Leaving Certificate Examination, 1919
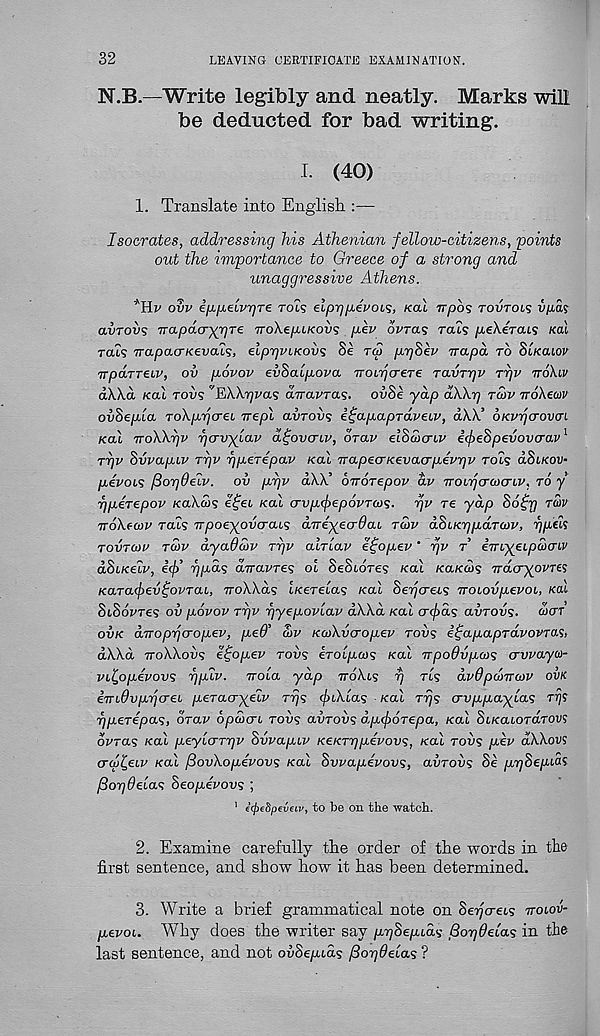
32
LEAVING CERTIFICATE EXAMINATION.
N.B.—Write legibly and neatly. Marks will
be deducted for bad writing.
I. (40)
1. Translate into English :—
Isocrates, addressing his Athenian fellow-citizens, points
out the importance to Greece of a strong and
unaggressive Athens.
’'Hi' ovv ippeirpre rots elprjp.evois, kcl\ Trpos rourois v/ias
avrovs Trapda-^re Tro\epiKov<; p.ev ovras rats pehera^ sal
rat? TrapacrKevais, elprjVLK.ov'i Se rw prjSev Trapd to Slkcuov
TTpaTTew, ov povov evSaipova iroirprere Tavrrjv jpv tt6\iv
aXXd Kal tov? 'EiWpvas aTravras. ovSe yap d\\r) tS>v noXeoiv
ovSepla ToXjj.Tj(Te.i ire pi avroxx; i^apapraveiv, aW’ OKvrjcrovcn
Kal TTo\Xr]v rjavylav difovcriv, drav elhcocriv i(f>e8pevovcrav 1
TTjv hvvap.iv ttjv pperepav Kal TrapecrKevacrpevpv rots dSi/cou-
pevois fiorjOeiv. ov prjv aXA’ oTrorepov dv TrotfjcraxTLV, to y
rjjieTepov KaXcos e^et Kal crvp.(f)ep6vTcos. rjv re yap So^rj tw
TToXecov Tals TTpoey^ovcrau; aTriyecrOai tS>v dSiKTjpaTojv, ppeis
TOVTon> to)v dyaQStv rpr air lav etjopev ’ rjv t imyeLpojo'iv
dSiKeiv, icj) upas dtravTes ol SeStdres Kal KaKcos Tracr^ovres
KaTa<fev^ovTai, iroXXds t/cereuxs Kal Sepcreis noiovpevoL, Kal
SiSovre; oil povov Tpv pyepovlav aXXd Kal cnfias aiiTOvs. wctt
ovk dnoppcropev, peO’ S>v KcoXvcropev tovs i^apapTavovTOS,
aXXd ttoXXovs e^opev tovs eroipais Kal npodvpcos avvaya-
vilppevovs ppiv. iroia yap ttoXls r/ tls dvdpdnraiv ovk
ividvprjoreL peTaayeiv tt/s (juklas Kal Trjs crvppaylas Trjs
ppeTepas, orav opcvcn tovs avrovs dpipoTepa, Kal SiKaiOTarovs
dvTas Kal jieylarqv Svvapiv KeicTppevovs, Kal rows pev dXXov?
crai^eLV ko.1 fiovXopdvovs Kal Svvapevovs, avToiis 8e ppSepios
^opdelas heopevovs ;
1 e(f>e8pev6Lv, to be on the 'watch.
2. Examine carefully the order of the words in the
first sentence, and show how it has been determined.
3. Write a brief grammatical note on SepcreLs ttoiov-
pevou Why does the writer say ppSepids Bopdelas in the
last sentence, and not ouSe/nds fiopdelas ?